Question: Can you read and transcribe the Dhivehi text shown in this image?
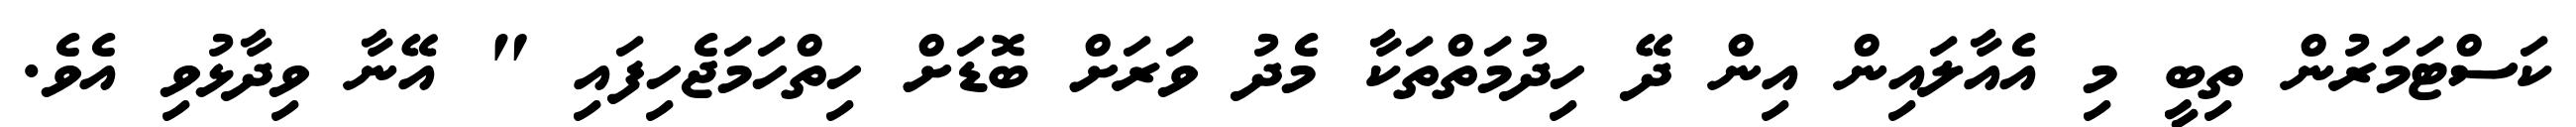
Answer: ކަސްޓަމަރުން ތިބީ މި އެއާލައިން އިން ދޭ ހިދުމަތްތަކާ މެދު ވަރަށް ބޮޑަށް ހިތްހަމަޖެހިފައި " އޭނާ ވިދާޅުވި އެވެ.